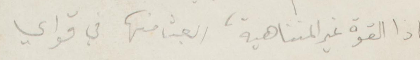
ياذا القوة غير المتناهية، ابعث منها في قواي